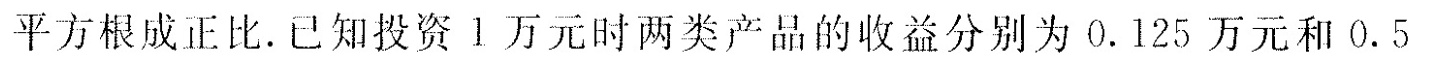
平方根成正比。已知投资l万元时两类产品的收益分别为0.125万元和0.5